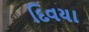
દિવયા